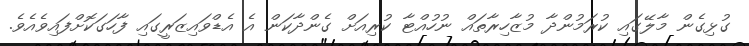
ގުޅިގެން މާލޭގައި ކުރަމުންދާ މުޒާހިރާތައް ނުހުއްޓާ ކުރިއަށް ގެންދާކަން އެ އެޑްވައިޒަރީގައި ފާހަގަކޮށްފައިވެއެވެ.